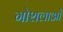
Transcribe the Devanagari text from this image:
गोशलाओं